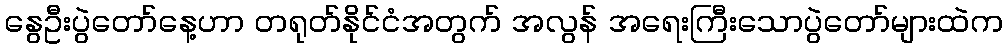
နွေဦးပွဲတော်နေ့ဟာ တရုတ်နိုင်ငံအတွက် အလွန် အရေးကြီးသောပွဲတော်များထဲက